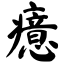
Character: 癔